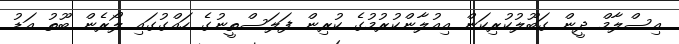
އިސްލާމް ދީން ގަބޫލުކުރިކަން އިއުލާންކުރުމުގެ ކުރިން ފަލަސްތީނުގެ ހައްގުގައި ލޯރެން ބޫތު އަޑު